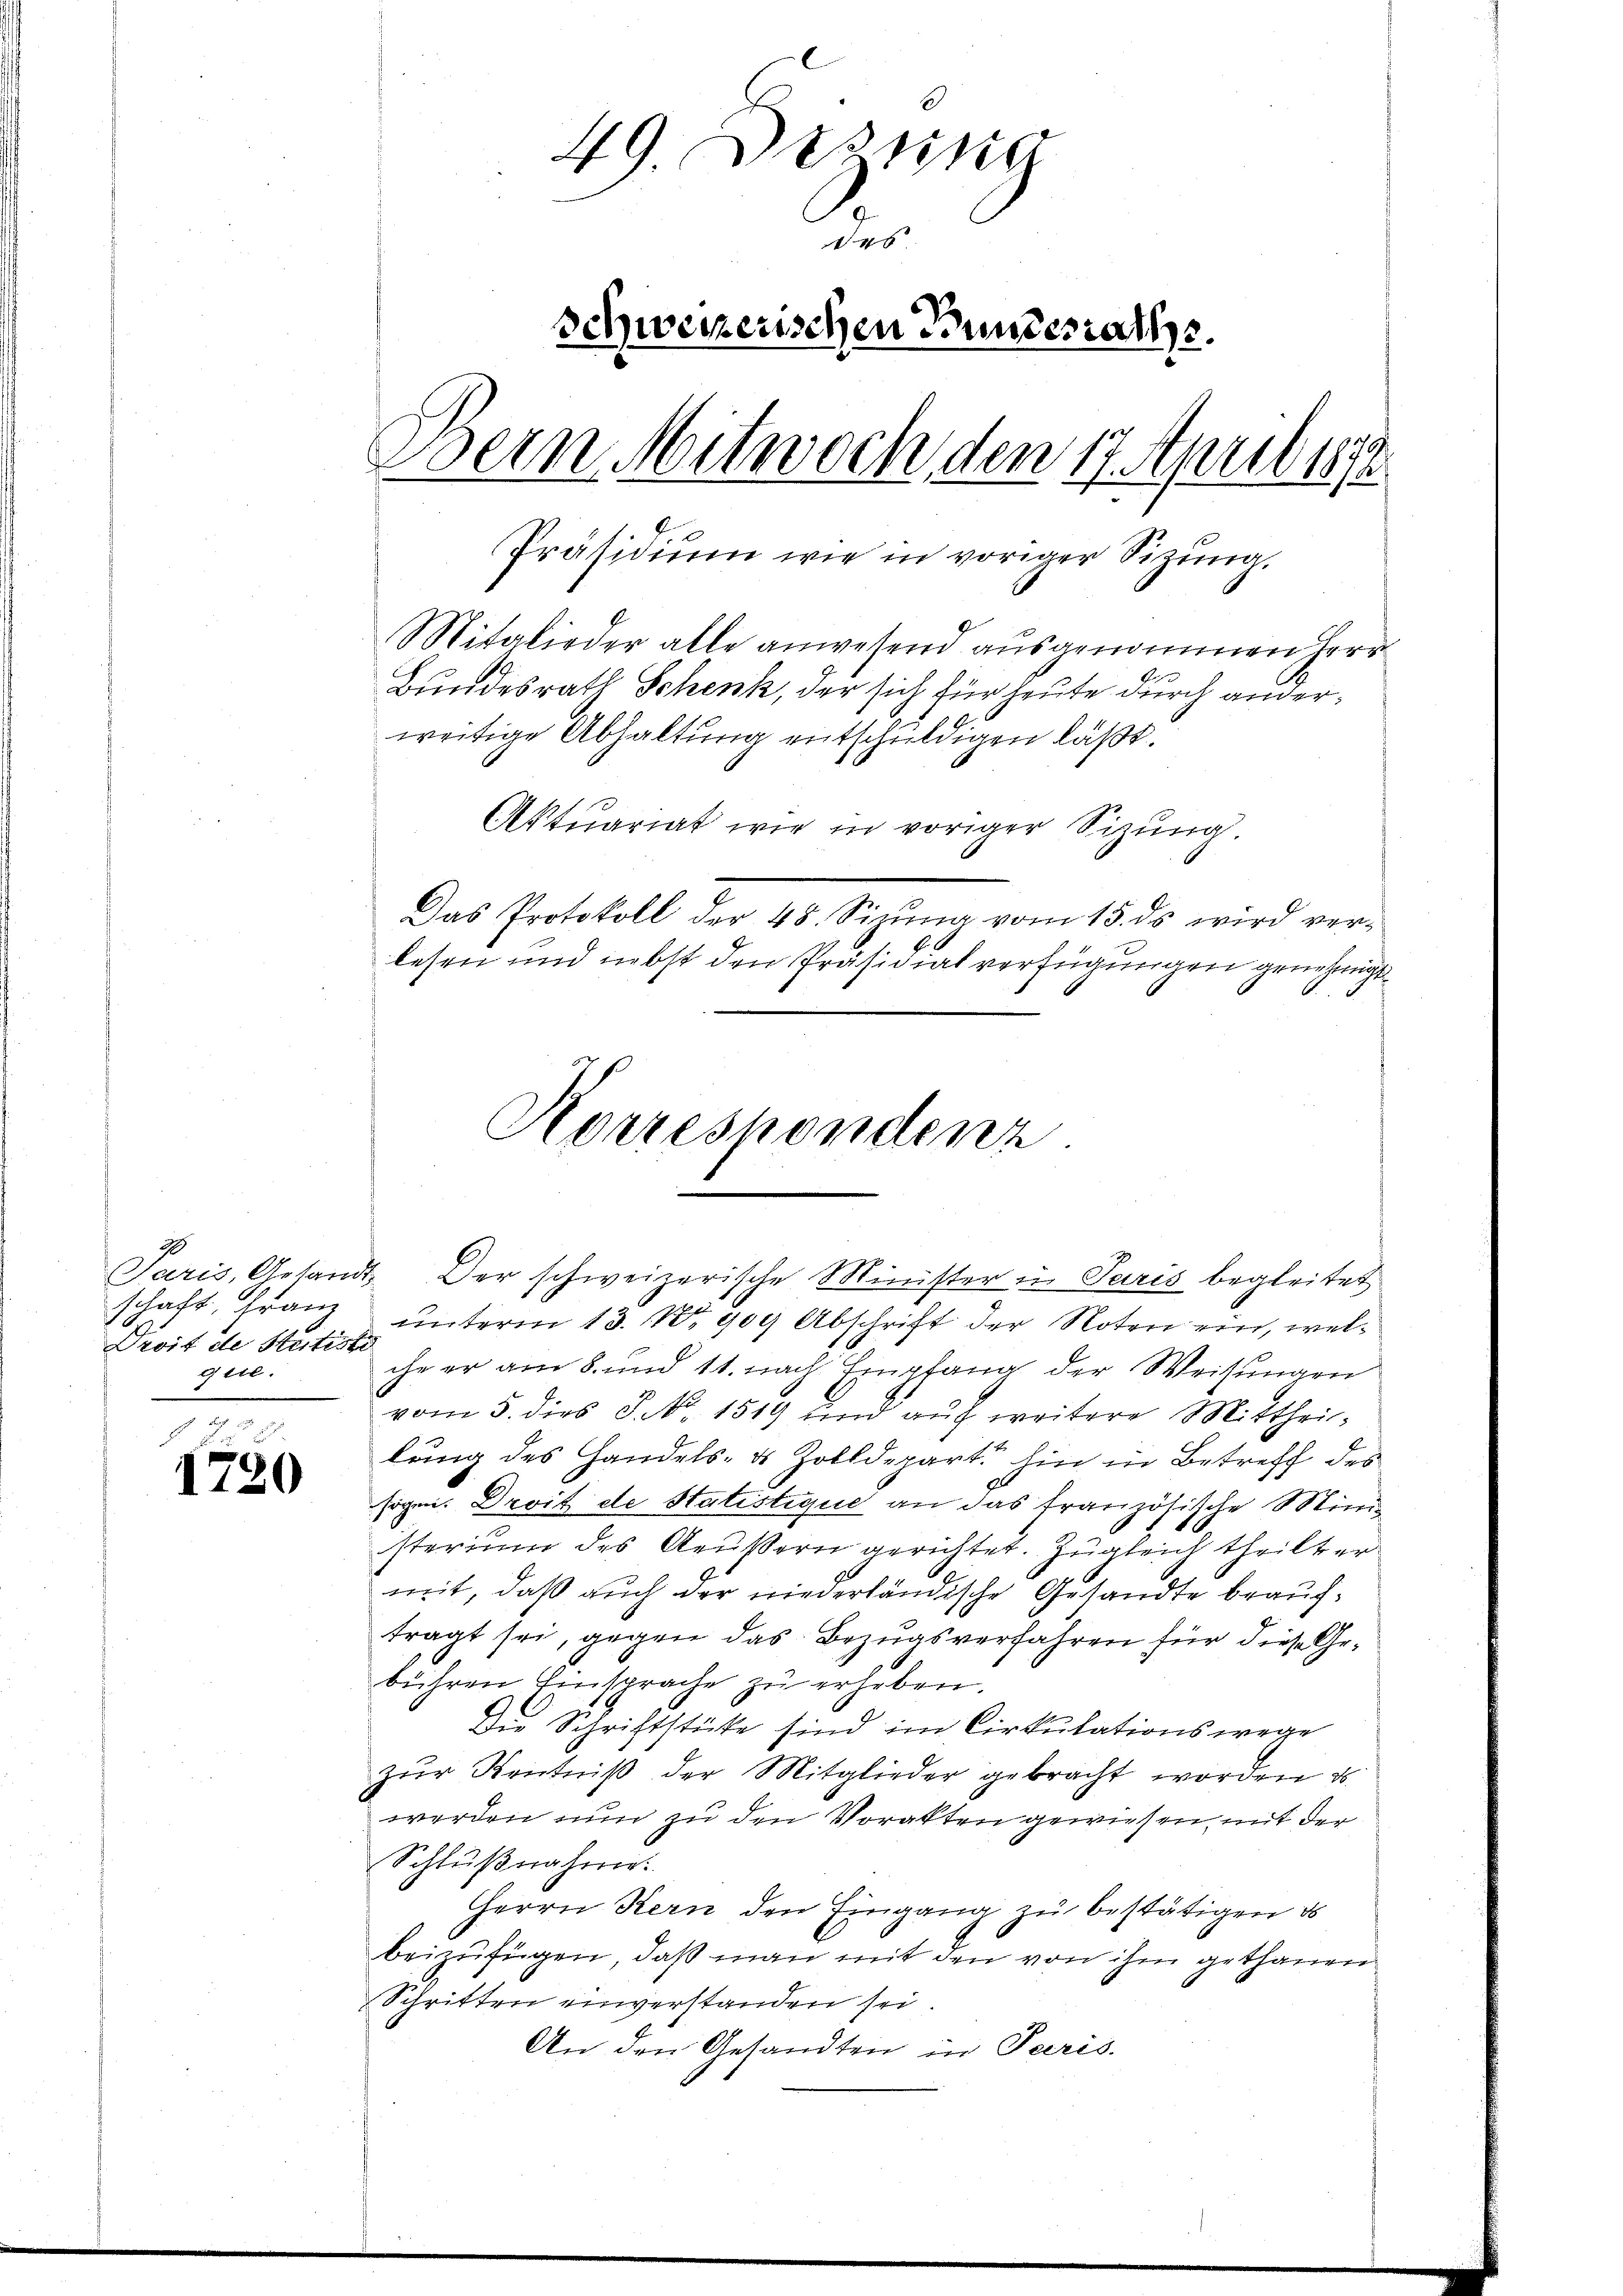
2
schaft, Franz
.
Proit de Rütiste
gii.

1790

49. Desing
des
Schweizerischen Bundesrath.
Bern Mitwoch, den 17. April 1872
Präsidium wie in voriger Sizung.
Mitglieder alle anwesend ausgenommen Herr
Bundesrath Schenk, der sich für heute durch anderweitige Abhaltung entschuldigen läßt.

Aktuariat wie in voriger Sizung
Das Protokoll der 48. Sinnig vom 15. ds wird ver-
lesen und nebst den Präsidialverfügungen genehmig¬

Paris, Gesandt. Der schweizerische Minister in Paris begleitet
unterm 13. No 909 Abschrift der Noten ein, welche er am 8. und 11. nach Empfang der Weisungen
vom 5. dies S. Nr. 1519 und auf weitere Mittheillung des Handels- & Zolldepart hin in Betreff des
sogen. Droit de Statistique an das französische Ministerium des Aeußern gerichtet. Zugleich theilt ermit, daß auch der niederländische Gesandte beauftragt sei, gegen das Bezugsverfahren für diese Gebühren Einsprache zu erheben.
Die Schriftstücke sind im Cirkulationswege
zŭr Kentniß der Mitglieder gebracht worden u.
werden nun zu den Vorakten gewiesen mit der
Schlŭβnahme:
Herrn Kern den Eingang zu bestätigen d
beizufügen, daß man mit den von ihm gethanen
Schritten einverstanden sei.
An den Gesandten in Paris.

Korrespondenz